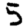
Digit: 5